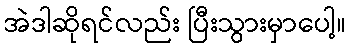
အဲဒါဆိုရင်လည်း ပြီးသွားမှာပေါ့။